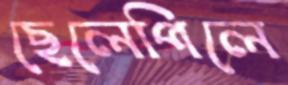
ছেলেপিলে